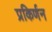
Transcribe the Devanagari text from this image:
प्रकिर्णन